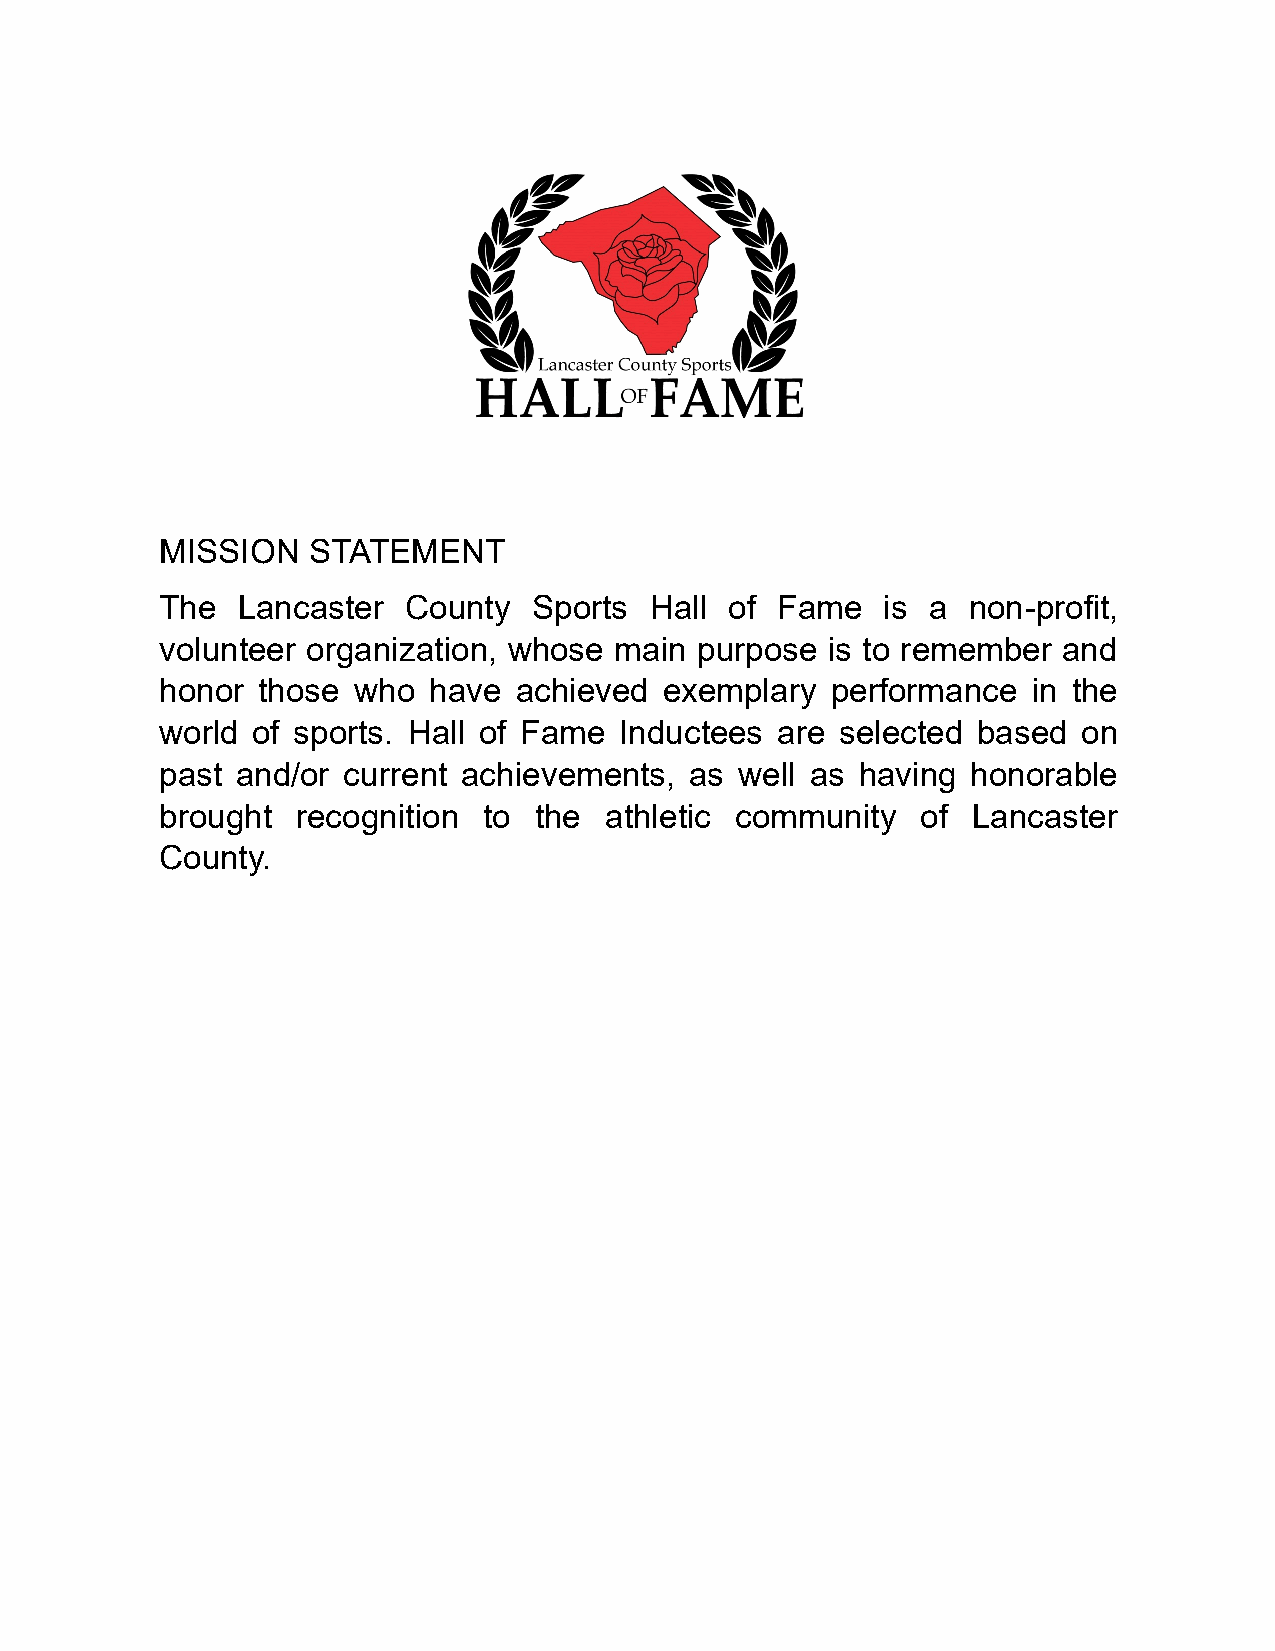
MISSION  STATEMENT
 The  Lancaster  County  Sports  Hall of Fame   is a  non-profit,
 volunteer organization, whose main purpose  is to remember and
 honor those who  have  achieved  exemplary  performance  in the
 world of sports. Hall of Fame Inductees are  selected based  on
 past and/or current achievements,  as well as having honorable
 brought  recognition to the  athletic community   of Lancaster
 County.